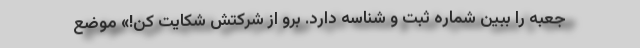
جعبه را ببین شماره ثبت و شناسه دارد. برو از شرکتش شکایت کن!» موضع